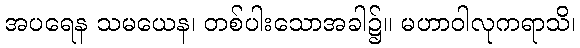
အပရေန သမယေန၊ တစ်ပါးသောအခါ၌။ မဟာဝါလုကရာသိ၊